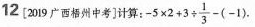
12[2019广西梧州中考]计算：$$-5 \times 2+3 \div \frac{1}{3}-(-1)$$.